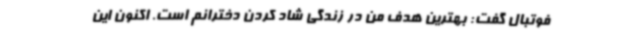
فوتبال گفت: بهترین هدف من در زندگی شاد کردن دخترانم است. اکنون این